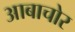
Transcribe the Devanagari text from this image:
आबाचोर